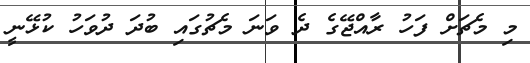
މި މެޗަށް ފަހު ރާއްޖޭގެ ދެ ވަނަ މެޗުގައި ބުދަ ދުވަހު ކުޅޭނީ